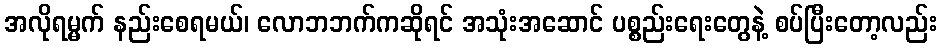
အလိုရမ္မက် နည်းစေရမယ်၊ လောဘဘက်ကဆိုရင် အသုံးအဆောင် ပစ္စည်းရေးတွေနဲ့ စပ်ပြီးတော့လည်း